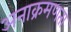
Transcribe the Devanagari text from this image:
अनाक्रमणता